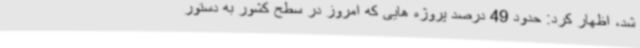
شد، اظهار کرد: حدود 49 درصد پروژه هایی که امروز در سطح کشور به دستور